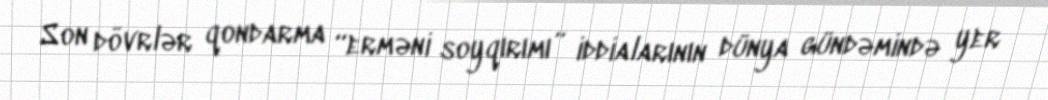
Son dövrlər qondarma “erməni soyqırımı” iddialarının dünya gündəmində yer